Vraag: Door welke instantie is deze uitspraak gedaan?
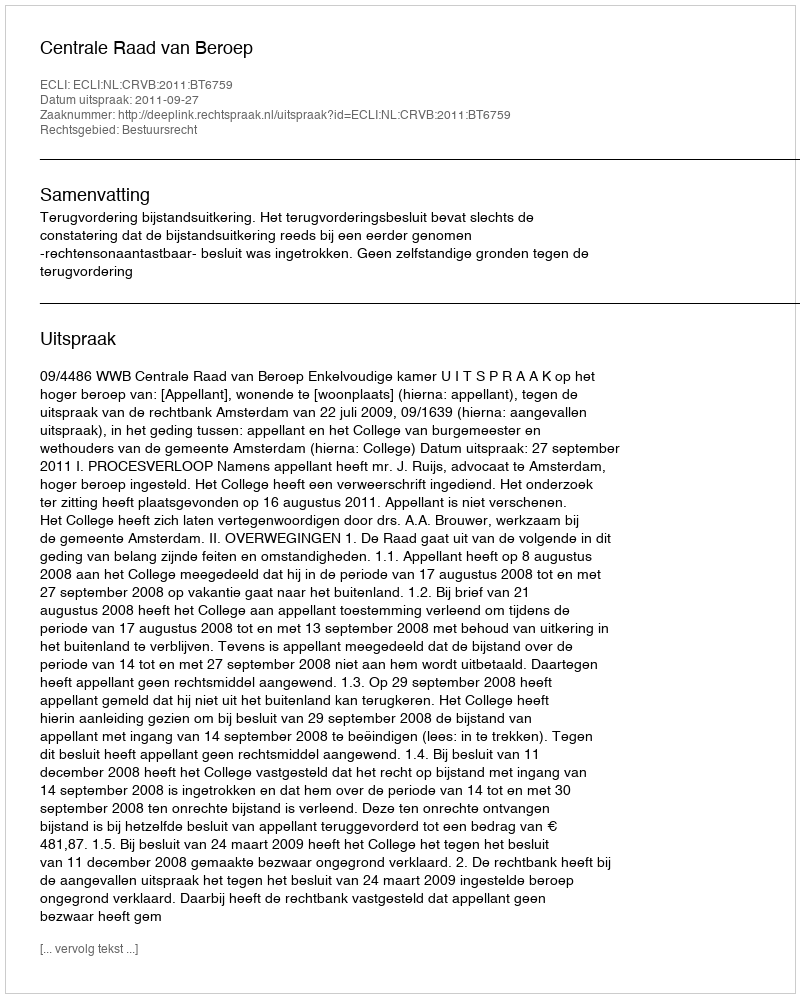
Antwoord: Centrale Raad van Beroep